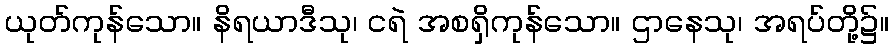
ယုတ်ကုန်သော။ နိရယာဒီသု၊ ငရဲ အစရှိကုန်သော။ ဌာနေသု၊ အရပ်တို့၌။